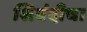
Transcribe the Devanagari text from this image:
शिबंदीचा